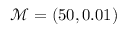
\mathcal { M } = ( 5 0 , 0 . 0 1 )